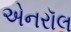
એનરૉલ